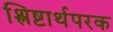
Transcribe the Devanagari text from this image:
श्लिष्टार्थपरक